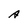
Character: A